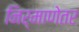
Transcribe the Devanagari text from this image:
निर्माणेतर